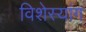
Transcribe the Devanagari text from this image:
विशेस्यांग